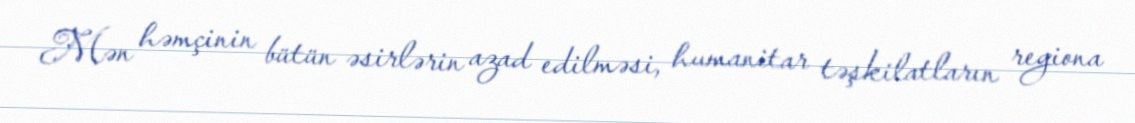
Mən həmçinin bütün əsirlərin azad edilməsi, humanitar təşkilatların regiona